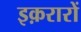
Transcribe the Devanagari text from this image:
इक़रारों